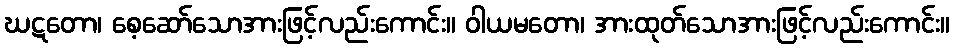
ဃဋတော၊ စေ့ဆော်သောအားဖြင့်လည်းကောင်း။ ဝါယမတော၊ အားထုတ်သောအားဖြင့်လည်းကောင်း။